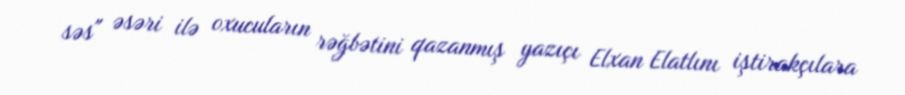
səs" əsəri ilə oxucuların rəğbətini qazanmış yazıçı Elxan Elatlını iştirakçılara